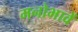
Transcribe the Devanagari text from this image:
मनोभावें